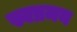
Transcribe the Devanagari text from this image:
स्वप्रमय